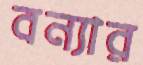
বন্যার